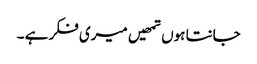
جانتا ہوں تمھیں میری فکر ہے ۔